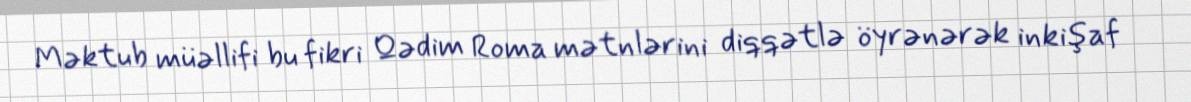
Məktub müəllifi bu fikri Qədim Roma mətnlərini diqqətlə öyrənərək inkişaf